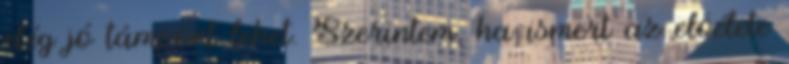
elég jó támpont lehet. Szerintem, ha ismert az elöélete